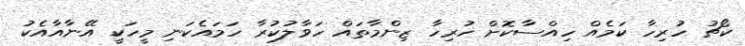
ކޯޗު ހުރިހާ ކަމެއް ހިއްސާކޮށް ހުރިހާ ޒިންމާތައް ހަވާލުކުރާ ހަމައެކަނި މީހަކީ އޭނާއާއެކު